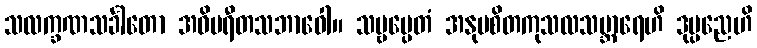
သလက္ခဏသင်္ခါတော အဝိပရီတသဘာဝေါ။ သဗ္ဗမ္ပေတံ အနုပစိတကုသလသမ္ဘာရေဟိ ဒုပ္ပညေဟိ